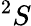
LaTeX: ^{2}S